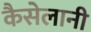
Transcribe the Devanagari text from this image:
कैसेलानी